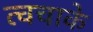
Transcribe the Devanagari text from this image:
त्वचाके